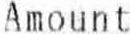
AMOUNT